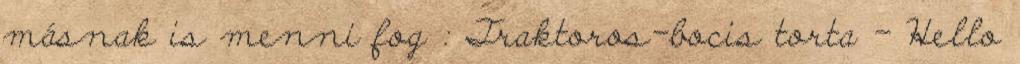
másnak is menni fog : Traktoros-bocis torta - Hello